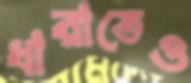
ধারাতেও